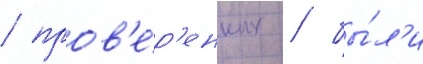
/ пров'е́р'енных / бы́л'и